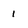
Character: 1